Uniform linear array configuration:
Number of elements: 4
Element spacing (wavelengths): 0.25
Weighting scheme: hann
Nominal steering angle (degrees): -60
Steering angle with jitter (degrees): -59.854
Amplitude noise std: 0.05
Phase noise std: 0.05

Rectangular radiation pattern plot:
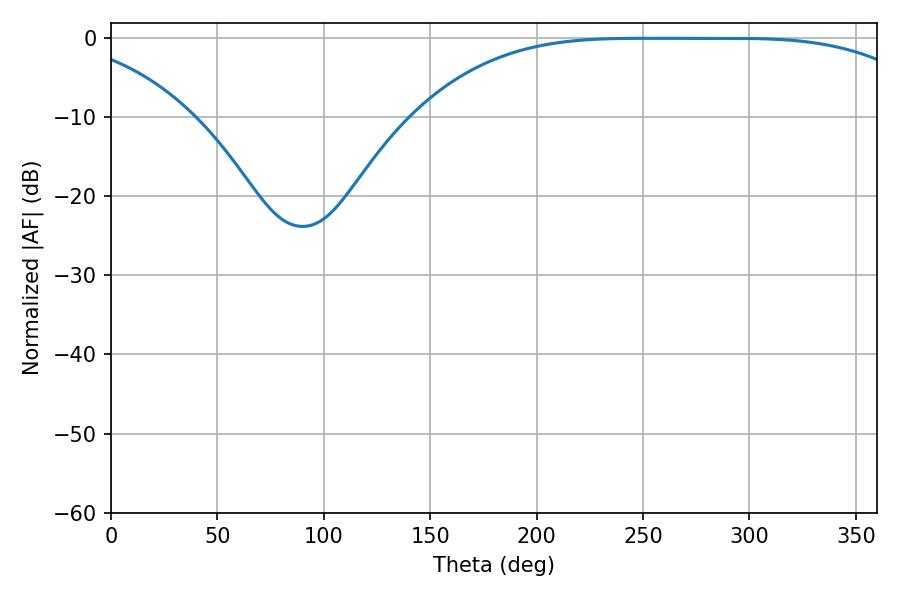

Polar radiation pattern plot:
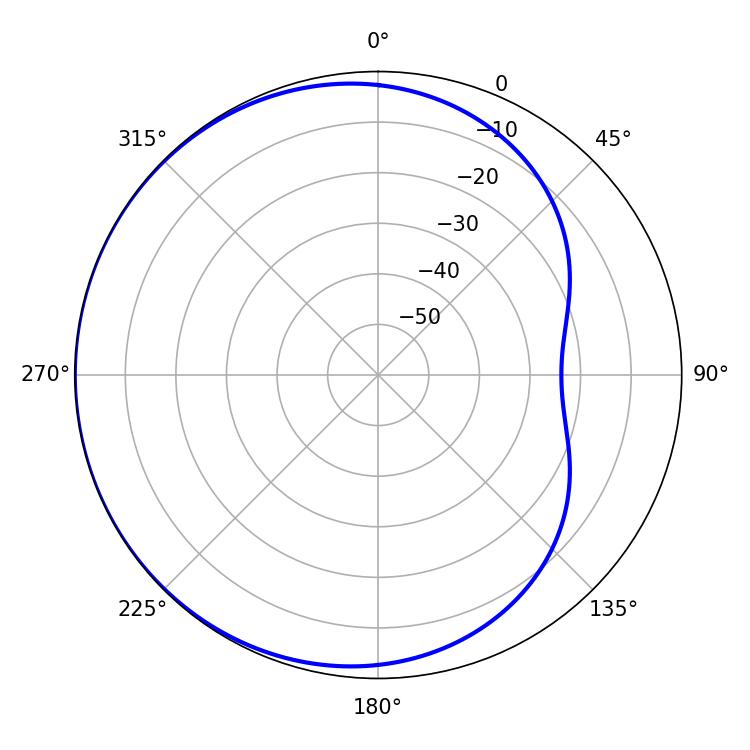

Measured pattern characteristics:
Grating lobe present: FALSE
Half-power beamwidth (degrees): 182.7
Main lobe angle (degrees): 252.18